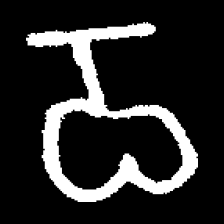
Pyu character \u2014 Myanmar letter: ဝ (romanized: wa)